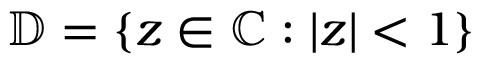
{ \mathbb { D } = \{ z \in \mathbb { C } : \lvert z \rvert < 1 \} }